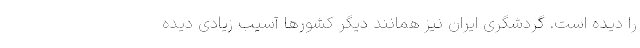
را دیده است. گردشگری ایران نیز همانند دیگر کشورها آسیب زیادی دیده